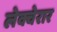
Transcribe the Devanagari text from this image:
लेक्चेरार